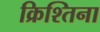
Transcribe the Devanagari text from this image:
क्रिश्तिना